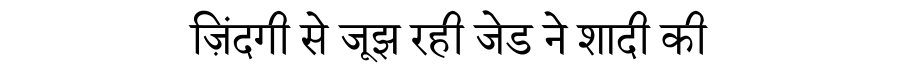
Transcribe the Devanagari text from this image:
ज़िंदगी से जूझ रही जेड ने शादी की